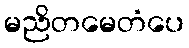
မညိတမေတံပေ